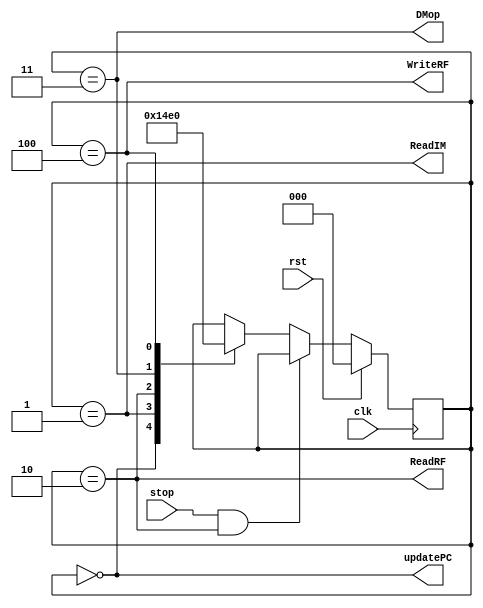
`timescale 1ns / 1ps
//////////////////////////////////////////////////////////////////////////////////
// Company: 
// Engineer: 
// 
// Design Name: 
// Module Name: SyncController
// Project Name: 
// Target Devices: 
// Tool Versions: 
// Description: 
// 
// Dependencies: 
// 
// Revision:
// Revision 0.01 - File Created
// Additional Comments:
// 
//////////////////////////////////////////////////////////////////////////////////


module SyncController(
    input clk,
    input stop,
    input rst,
    output updatePC,
    output ReadIM,
    output ReadRF,
    output DMop,
    output WriteRF
    );
    parameter UPC = 0, RIM = 1, RRF = 2, DM = 3, WRF = 4;
    reg [2:0] state = 0;
    always @(posedge clk)
        if(rst)
            state <= 0;
        else if(stop & state == RRF)
           state <= state;
        else
            case(state)
                UPC : state <= RIM;
                RIM : state <= RRF;
                RRF : state <= DM;
                DM : state <= WRF;
                WRF : state <= UPC;
            endcase 
     assign updatePC = state == UPC;
     assign ReadIM = state == RIM;
     assign ReadRF = state == RRF;
     assign DMop = state == DM;
     assign WriteRF = state == WRF;
endmodule